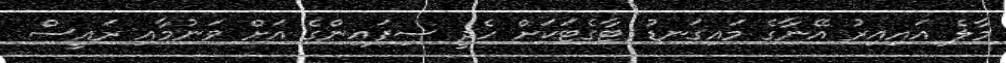
މާލެ އައިއިރު އޭނާގެ މައިގަނޑު ޓާގެޓަކަށް ހެދީ ސިފައިންގެ އަށް ވަނުމާއި ރައީސް